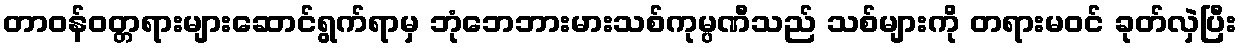
တာဝန်ဝတ္တရားများဆောင်ရွက်ရာမှ ဘုံဘေဘားမားသစ်ကုမ္ပဏီသည် သစ်များကို တရားမဝင် ခုတ်လှဲပြီး